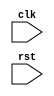
module behavioral_modeling (
    input wire clk,
    input wire rst,
    // other input/output ports
);

always @(posedge clk or negedge rst) begin
    if (rst == 0) begin
        // reset logic
    end else begin
        // circuit functionality
    end
end

endmodule